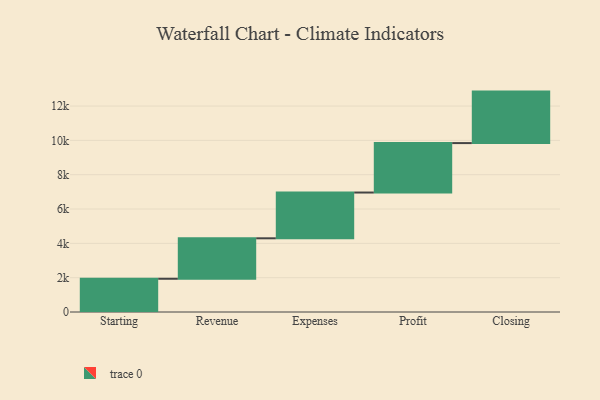
{"axis": {"x": "Step", "y": "Value"}, "legend": [""], "data": [{"x": "Starting", "y": 1937.0, "type": ""}, {"x": "Revenue", "y": 2357.0, "type": ""}, {"x": "Expenses", "y": 2667.0, "type": ""}, {"x": "Profit", "y": 2881.0, "type": ""}, {"x": "Closing", "y": 3000, "type": ""}]}